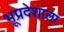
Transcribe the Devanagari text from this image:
भूप्रदेशाला